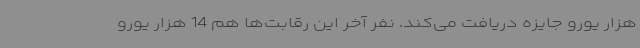
هزار یورو جایزه دریافت می‌کند. نفر آخر این رقابت‌ها هم 14 هزار یورو